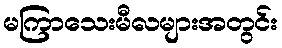
မကြာသေးမီလများအတွင်း